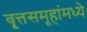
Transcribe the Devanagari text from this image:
वृ्त्तसमूहांमध्ये